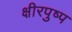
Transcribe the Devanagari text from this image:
क्षीरपुष्प